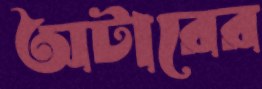
অটারের